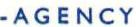
-AGENCY